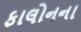
ફાલોનના